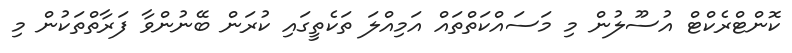
ކޮންޓްރެކްޓް އުސޫލުން މި މަސައްކަތްތައް އަމިއްލަ ތަކެތީގައި ކުރަން ބޭނުންވާ ފަރާތްތަކުން މި